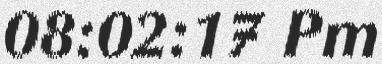
08:02:17 Pm